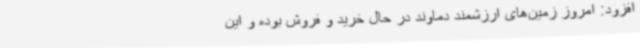
افزود: امروز زمین‌های ارزشمند دماوند در حال خرید و فروش بوده و این